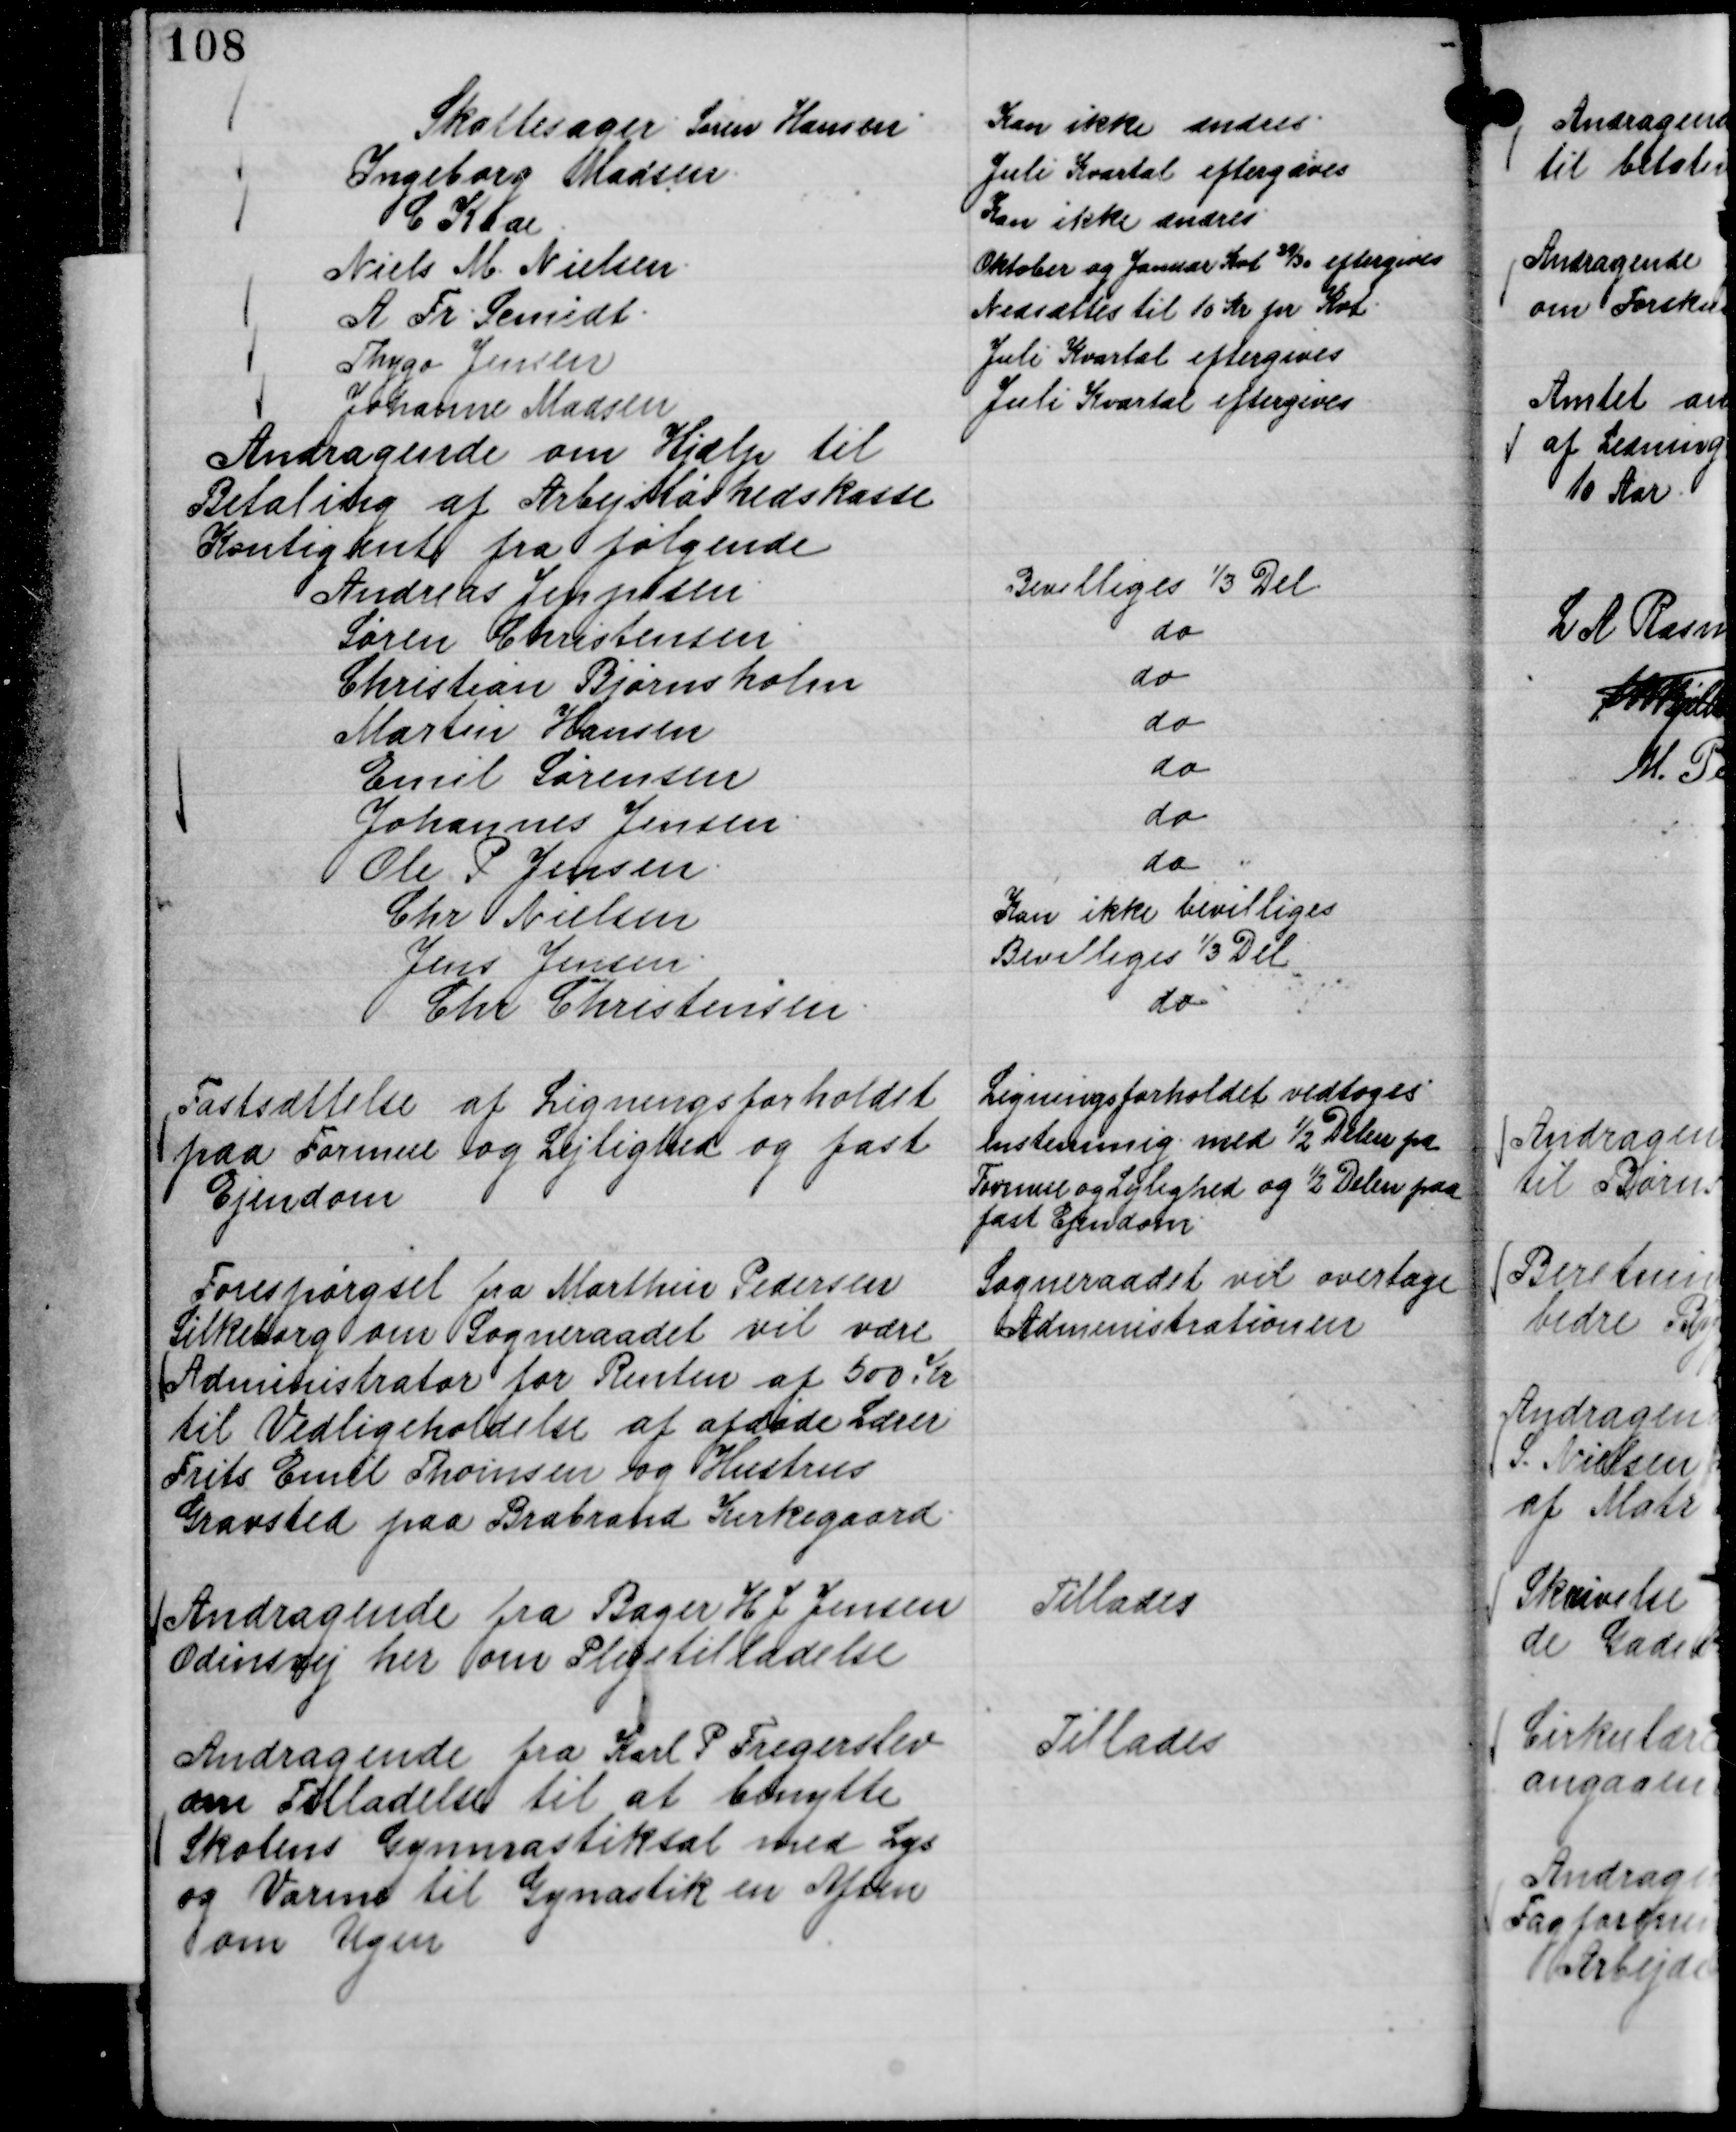
Transskription:
Skattesager
Søren Hansen
Kan ikke ændres.
Ingeborg Madsen.
Juli Kvartal eftergives
C Kaae.
Kan ikke ændres
Niels M. Nielsen.
Oktober og Januar Kvt 29/30 eftergives
A Fr. Scmidt.
Nedsættes til 10 Kr pr Kvt.
Thygo Jensen
Juli Kvartal eftergives
Johanne Madsen
Juli Kvartal eftergives

Andragende om Hjælp til
Betaling af Arbejsløshedskasse
Kontigent fra følgende
Andreas Jeppesen.
Bevilliges ⅓ Del
Søren Christensen
do
Christian Bjørnsholm
do
Martin Hansen
do
Emil Sørensen
do
Johannes Jensen.
do
Ole P Jensen.
do
Chr Nielsen
Kan ikke bevilliges
Jens Jensen.
Bevilliges ⅓ Del
Chr Christensen.
do

Fastsættelse af Ligningsforholdet
paa Formue og Lejlighed og fast
Ejendom

Ligningsforholdet vedtoges
enstemmig med ½ Delen pa
Formue og Lejlighed og ½ Delen paa
fast Ejendom.

Forespørgsel fra Marthin Pedersen
Silkeborg om Sogneraadet vil være
Administrator for Renten af 500 Kr
til Vedligholdelse af afdøde Lærer
Frits Emil Thomsen og Hustrus
Gravsted paa Brabrand Kirkegaard.

Sogneraadet vil overtage
Administrationen

Andragende fra Bager H J Jensen
Odinsvej her om Plejetilladelse

Tillades

Andragende fra Karl P Fregerslev
om Tilladelse til at benytte
Skolens Gymnastiksal med Lys
og Varme til Gynastik en Aften
om Ugen

Tillades